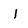
Character: I